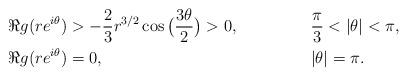
LaTeX: \begin{align*}& \Re g(re^{i\theta}) > -\frac{2}{3}r^{3/2}\cos\big(\frac{3\theta}{2}\big) > 0, & & \frac{\pi}{3} < |\theta| < \pi, \\& \Re g(re^{i\theta}) = 0, & & |\theta| = \pi.\end{align*}